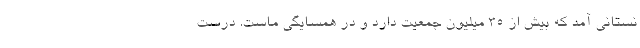
نستاني آمد كه بيش از 35 ميليون جمعيت دارد و در همسايگي ماست. درست